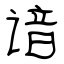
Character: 谙